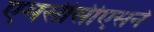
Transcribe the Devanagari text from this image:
एमसीसीएसने